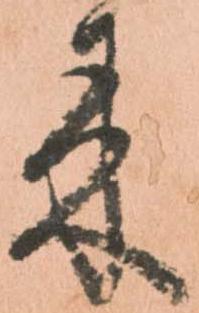
来